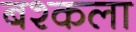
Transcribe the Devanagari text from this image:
बश्कला